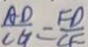
\frac { A D } { C G } = \frac { F D } { C F }